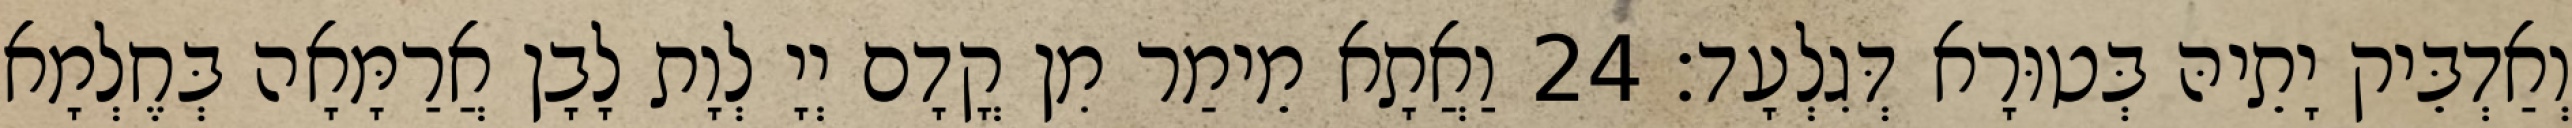
וְאַדְבֵּיק יָתֵיהּ בְּטוּרָא דְּגִלְעָד׃ 24 וַאֲתָא מֵימַר מִן קֳדָם יְיָ לְוָת לָבָן אֲרַמָּאָה בְּחֶלְמָא